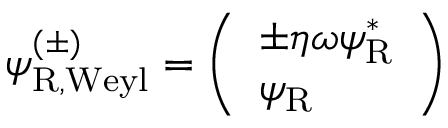
\psi _ { \mathrm { { R , W e y l } } } ^ { ( \pm ) } = { \left( \begin{array} { l } { \pm \eta \omega \psi _ { \mathrm { { R } } } ^ { * } } \\ { \psi _ { \mathrm { { R } } } } \end{array} \right) }